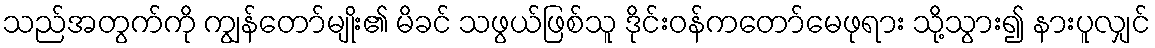
သည်အတွက်ကို ကျွန်တော်မျိုး၏ မိခင် သဖွယ်ဖြစ်သူ ဒိုင်းဝန်ကတော်မေဖုရား သို့သွား၍ နားပူလျှင်